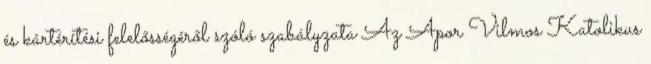
és kártérítési felelősségéről szóló szabályzata Az Apor Vilmos Katolikus